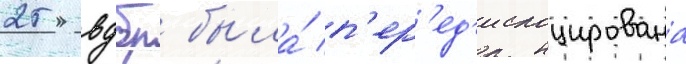
25 вдбр была́ п'ер'ед'ислоцирована